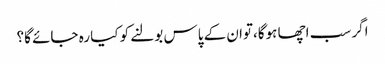
اگر سب اچھا ہوگا،توان کے پاس بولنے کو کیا رہ جائے گا؟